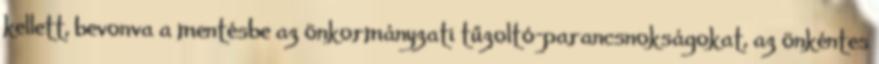
kellett, bevonva a mentésbe az önkormányzati tűzoltó-parancsnokságokat, az önkéntes